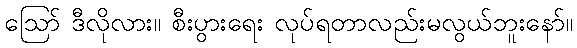
ဪ ဒီလိုလား။ စီးပွားရေး လုပ်ရတာလည်းမလွယ်ဘူးနော်။